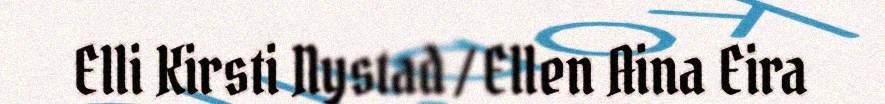
Elli Kirsti Nystad / Ellen Aina Eira